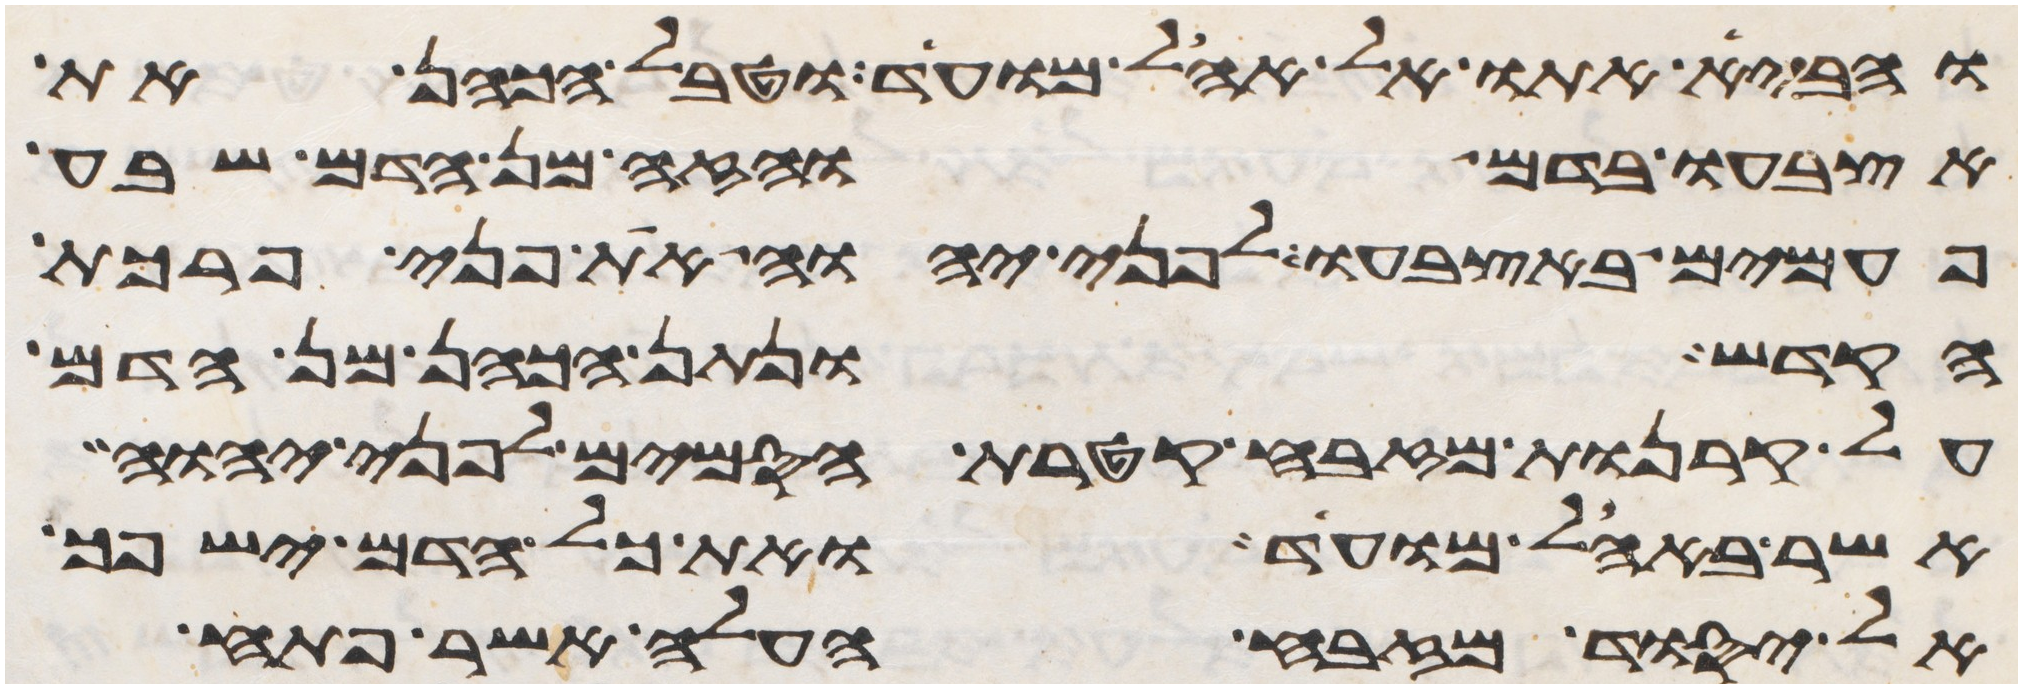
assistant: והביא אתו אל אהל מועד וטבל הכהן את
אצבעו בדם והזה מן הדם שבע
פעמים באצבעו לפני יהוה את פני פרכת
הקדש ונתן הכהן מן הדם
על קרנות המזבח קטרת הסמים לפני יהוה
אשר באהל מועד ואת כל הדם ישפך
אל יסוד מזבח העלה אשר פתח